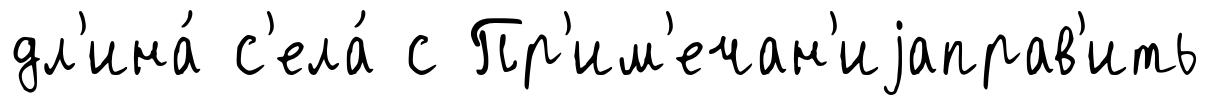
дл'ина́ с'ела́ с Пр'им'ечан'иjаправ'ить